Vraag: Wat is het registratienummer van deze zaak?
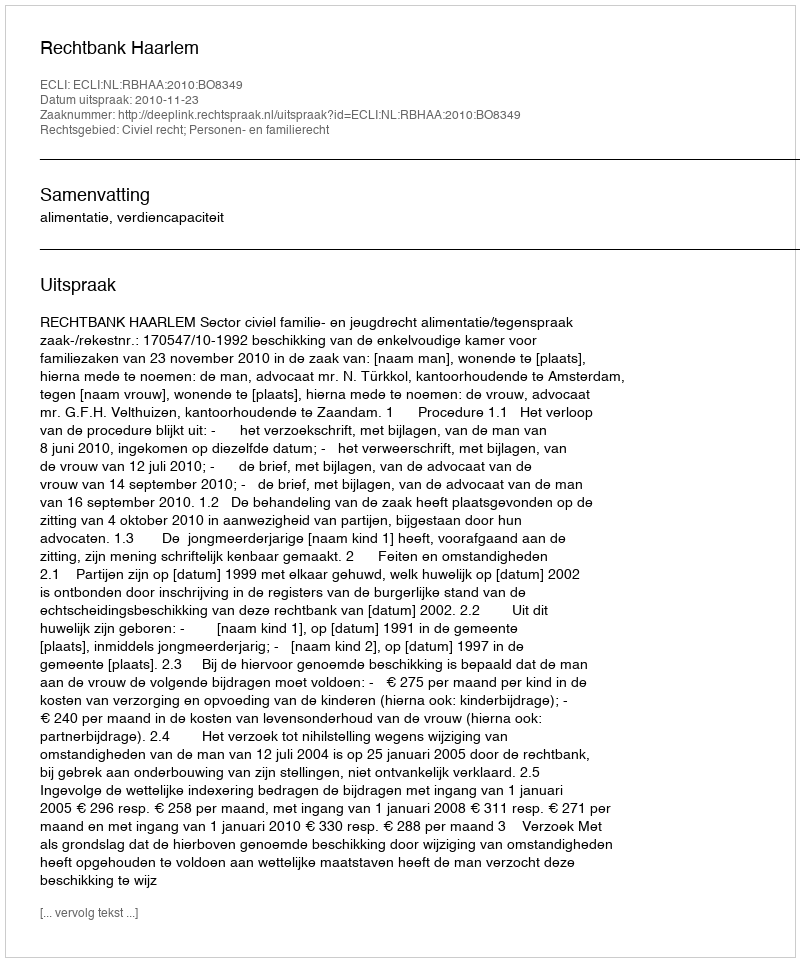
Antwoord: http://deeplink.rechtspraak.nl/uitspraak?id=ECLI:NL:RBHAA:2010:BO8349